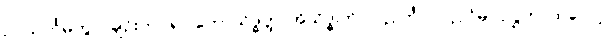
ဥပသင်္ကမိတွာ၊ ချဉ်းကပ်၍။ ဘောသိဒ္ဓတ္ထ၊ အိုသိဒ္ဓါတ်။ ပလ္လင်္ကာ၊ ပလ္လင်မှ။ ဥဋ္ဌဟ၊ ထလော့။